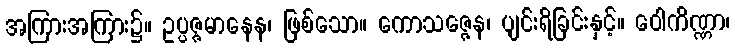
အကြားအကြား၌။ ဥပ္ပဇ္ဇမာနေန၊ ဖြစ်သော။ ကောသဇ္ဇေန၊ ပျင်းရိခြင်းနှင့်။ ဝေါကိဏ္ဏာ၊